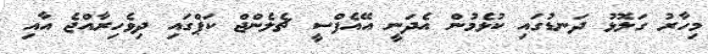
މިހާރު ގަލޮޅު ދަނޑުގައި ކުޅެމުން އެދަނީ އޭއެފްސީ ޗެލެންޖް ކަޕްގައި ދިވެހިރާއްޖެ އާއި